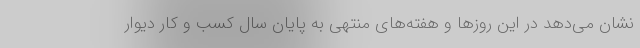
نشان می‌دهد در این روزها و هفته‌های منتهی به پایان سال کسب و کار دیوار